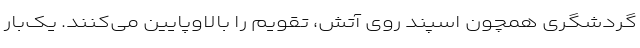
گردشگری همچون اسپند روی آتش، تقویم را بالاوپایین می‌کنند. یک‌بار